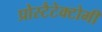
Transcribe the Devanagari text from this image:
प्रोस्टैटेक्टोमी